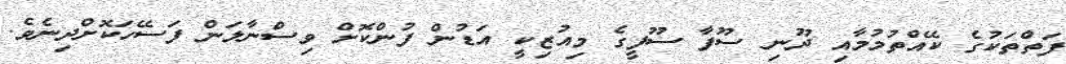
ފަތްތަކުގެ ކޭއްތުމުމާއި ދޫނި ސޫފާ ސޫފީގެ މިއުޒިކީ އަޑުން ފުންކޮށް ވިސްނާލަން ފަސޭހަކޮށްދިނެވެ.